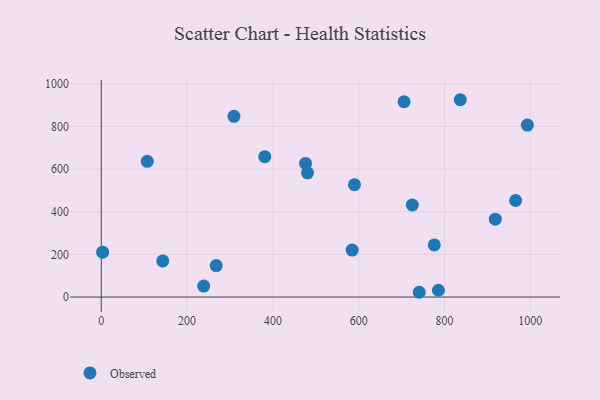
{"axis": {"x": "Distance", "y": "Exam Score"}, "legend": ["Observed"], "data": [{"x": "267.9", "y": 147.4, "type": "Observed"}, {"x": "705.7", "y": 915.3, "type": "Observed"}, {"x": "741.1", "y": 22.4, "type": "Observed"}, {"x": "309.3", "y": 847.1, "type": "Observed"}, {"x": "965.7", "y": 452.5, "type": "Observed"}, {"x": "918.4", "y": 365.0, "type": "Observed"}, {"x": "776.2", "y": 244.1, "type": "Observed"}, {"x": "785.8", "y": 31.9, "type": "Observed"}, {"x": "590.1", "y": 526.5, "type": "Observed"}, {"x": "480.7", "y": 582.4, "type": "Observed"}, {"x": "584.7", "y": 220.1, "type": "Observed"}, {"x": "381.1", "y": 658.2, "type": "Observed"}, {"x": "3.2", "y": 210.2, "type": "Observed"}, {"x": "993.1", "y": 806.2, "type": "Observed"}, {"x": "476.1", "y": 626.1, "type": "Observed"}, {"x": "836.7", "y": 924.9, "type": "Observed"}, {"x": "143.3", "y": 169.3, "type": "Observed"}, {"x": "238.7", "y": 51.5, "type": "Observed"}, {"x": "107.3", "y": 636.4, "type": "Observed"}, {"x": "725.0", "y": 431.4, "type": "Observed"}]}